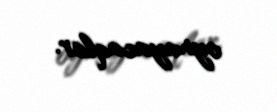
oynayacaqlar.